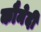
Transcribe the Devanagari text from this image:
कौमेदी